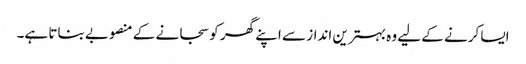
ایسا کرنے کے لیے وہ بہترین انداز سے اپنے گھر کو سجانے کے منصوبے بناتا ہے۔